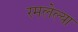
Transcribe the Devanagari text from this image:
रमलेल्या